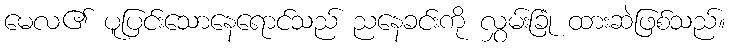
မေလ၏ ပူပြင်းသောနေရောင်သည် ညနေခင်းကို လွှမ်းခြုံ ထားဆဲဖြစ်သည်။